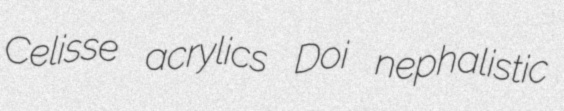
Celisse acrylics Doi nephalistic